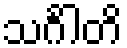
သင်္ဂါတိ